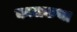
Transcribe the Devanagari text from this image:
कालकथा